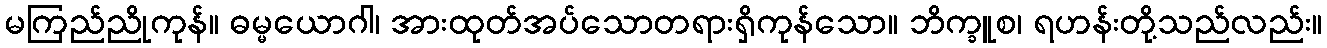
မကြည်ညိုကုန်။ ဓမ္မယောဂါ၊ အားထုတ်အပ်သောတရားရှိကုန်သော။ ဘိက္ခူစ၊ ရဟန်းတို့သည်လည်း။